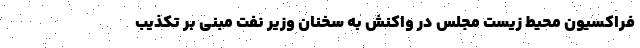
فراکسیون محیط زیست مجلس در واکنش به سخنان وزیر نفت مبنی بر تکذیب